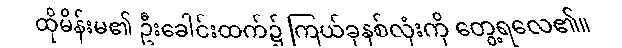
ထိုမိန်းမ၏ ဦးခေါင်းထက်၌ ကြယ်ခုနစ်လုံးကို တွေ့ရလေ၏။